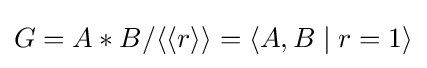
G=A\ast B/\langle \langle r\rangle \rangle =\langle A,B\mid r=1\rangle